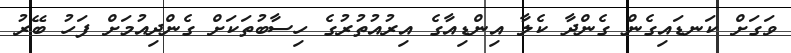
ވަގަށް ކަނޑައިގެން ގެންދާ ކެލާ އިންޑިއާގެ އިރުއުތުރުގެ ހިސާބުތަކަށް ގެންދިއުމަށް ފަހު ބޭރު